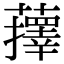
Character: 蘀